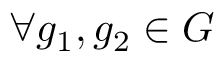
\forall g _ { 1 } , g _ { 2 } \in G